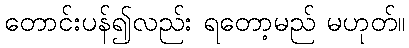
တောင်းပန်၍လည်း ရတော့မည် မဟုတ်။